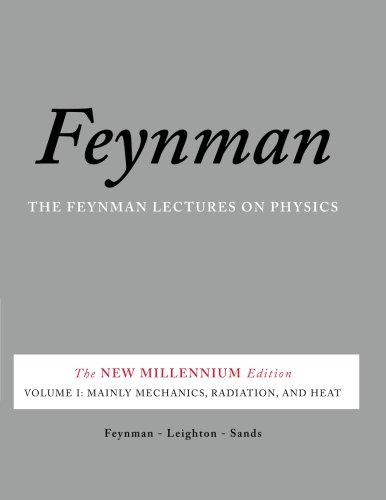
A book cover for The Feynman Lectures on Physics, Vol. I: The New Millennium Edition: Mainly Mechanics, Radiation, and Heat (Volume 1); Richard P. Feynman; Science & Math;